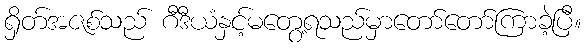
ရှိတ်အဇစ်သည် ဂီဒီယံနှင့်မတွေ့ရသည်မှာတော်တော်ကြာခဲ့ပြီ။